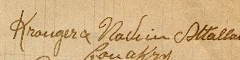
Krouger & Wakim Attallah